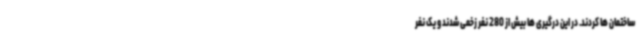
ساختمان ها کردند. در این درگیری ها بیش از 280 نفر زخمی شدند و یک نفر